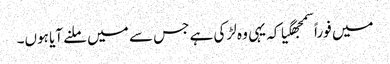
میں فوراً سمجھگیا کہ یہی وہ لڑکی ہے جس سے میں ملنے آیا ہوں۔